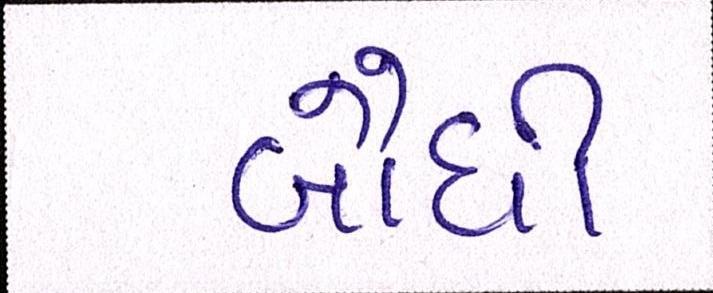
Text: બૌધી